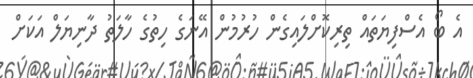
އެ ބޯ އެސްފިޔަތައް ތިރިކޮށްލައިގެން ހުރުމުން އޭނަގެ ހިތުގެ ހާލަތު ދާނިޔަލް އަކަށް